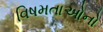
વિષમતાઓનો